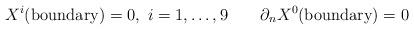
LaTeX: \begin{align*}X^i ({\rm boundary}) = 0,~i=1,\dots, 9 \qquad \partial _n X^0 ({\rm boundary}) = 0 \end{align*}